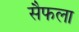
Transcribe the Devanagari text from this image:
सैफला